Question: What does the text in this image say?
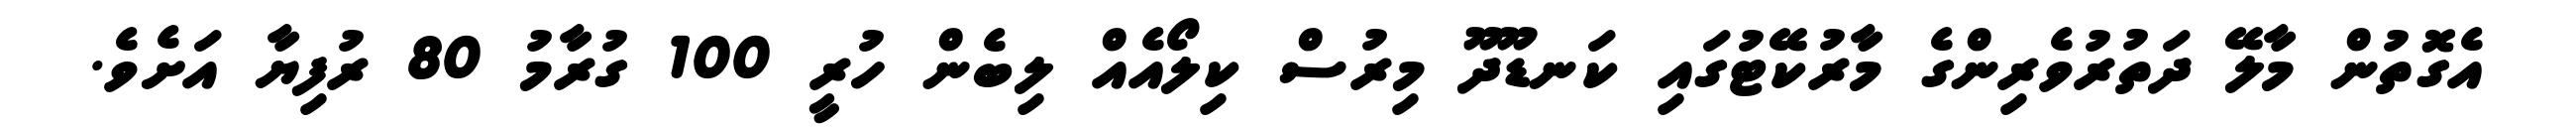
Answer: އެގޮތުން މާލޭ ދަތުރުވެރިންގެ މާރުކޭޓުގައި ކަނޑޫދޫ މިރުސް ކިލޯއެއް ލިބެން ހުރީ 100 ގުރާމު 80 ރުފިޔާ އަށެވެ.